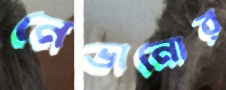
নেভানোর